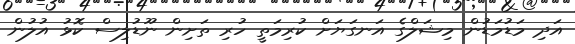
އަދި މަޑުމަޑުން މިޝަލްގެ އަނގަޔަށް ކުރިމަތީ ހުރި ތަށިން ނޫޑުލިސް ކޮޅު އުލުން